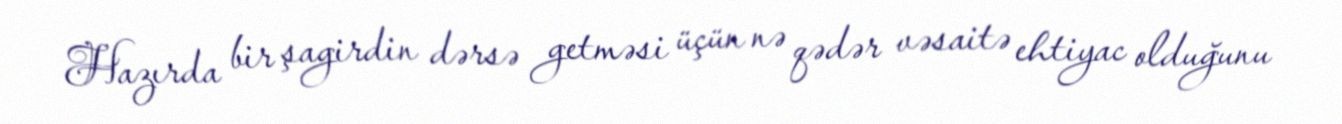
Hazırda bir şagirdin dərsə getməsi üçün nə qədər vəsaitə ehtiyac olduğunu